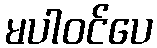
မပါဝင်ပေ